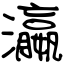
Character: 瀛